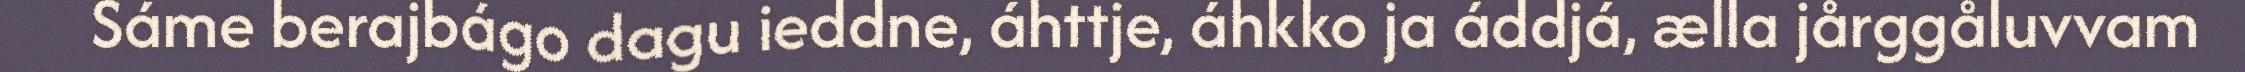
Sáme berajbágo dagu ieddne, áhttje, áhkko ja áddjá, ælla jårggåluvvam